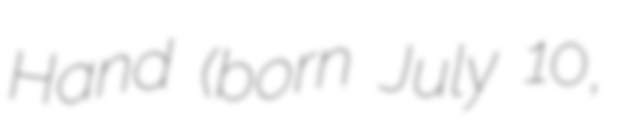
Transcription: Hand (born July 10,